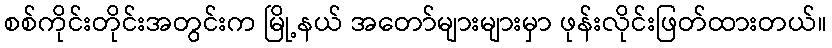
စစ်ကိုင်းတိုင်းအတွင်းက မြို့နယ် အတော်များများမှာ ဖုန်းလိုင်းဖြတ်ထားတယ်။